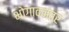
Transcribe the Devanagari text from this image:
भोगावनंतर